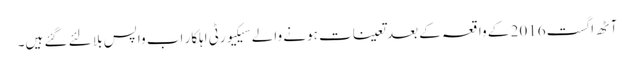
آٹھ اگست 2016 کے واقعہ کے بعد تعینات ہونے والے سیکیورٹی اہلکار اب واپس بلا لئے گئے ہیں۔